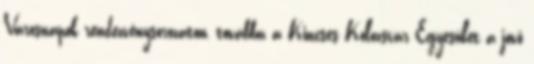
Városnapok rendezvénysorozaton, továbbá a Kincses Kolozsvár Egyesület a jövő